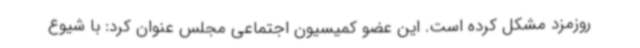
روزمزد مشکل کرده است. این عضو کمیسیون اجتماعی مجلس عنوان کرد: با شیوع